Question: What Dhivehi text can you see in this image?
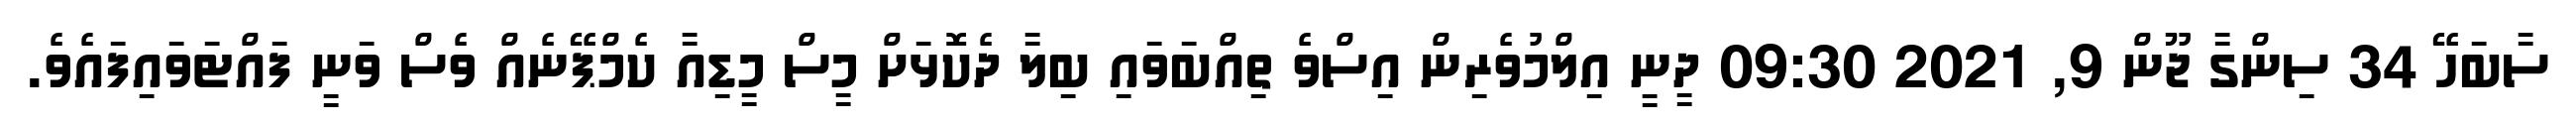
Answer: ސާބަހޭ 34 ސިންގާ ޖޫން 9, 2021 09:30 ދީނީ އިލްމުވެރިން އިސްވެ ތިއްބަވައި ބިލާ ދެކޮޅަށް މީސް މީޑިއާ ކެމްޕޭނެއް ވެސް ވަނީ ފައްޓަވައިފައެވެ.